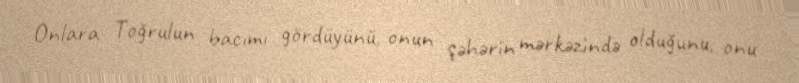
Onlara Toğrulun bacımı gördüyünü, onun şəhərin mərkəzində olduğunu, onu